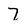
Character: 7